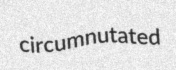
circumnutated